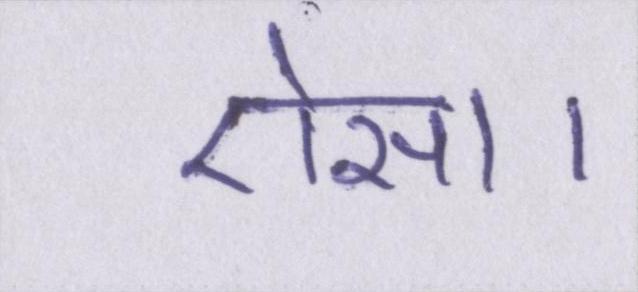
ऐसा।